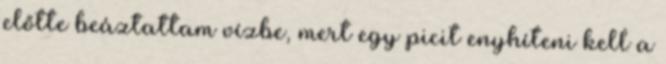
előtte beáztattam vízbe, mert egy picit enyhíteni kell a